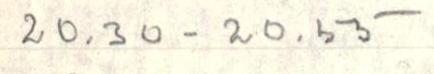
20.30-20.55